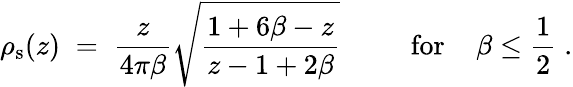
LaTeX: \rho_{\mathrm{s}}(z)\; =\; {\frac{z}{4\pi\beta}}\sqrt{{\frac{1+6\beta-z}{z-1+2\beta}}}\; \; \; \; \; \; \; \; \; \mathrm{for}\; \; \; \; \beta\leq{\frac{1}{2}}\; .